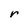
Character: r